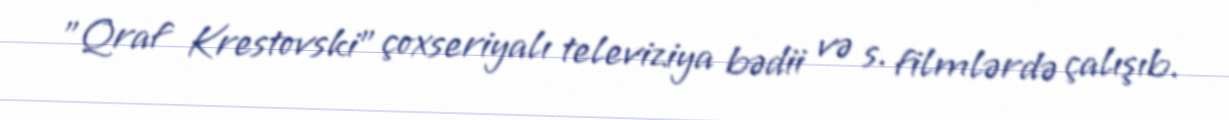
"Qraf Krestovski" çoxseriyalı televiziya bədii və s. filmlərdə çalışıb.